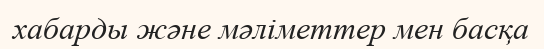
хабарды және мәліметтер мен басқа